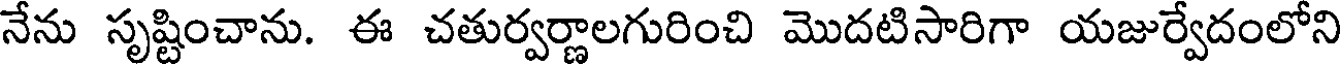
నేను సృష్టించాను. ఈ చతుర్వర్ణాలగురించి మొదటిసారిగా యజుర్వేదంలోని